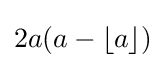
2a(a-\lfloor a\rfloor )